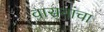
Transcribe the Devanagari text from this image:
वासनांचा